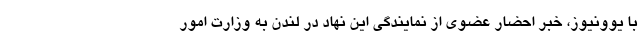
با یوونیوز، خبر احضار عضوی از نمایندگی این نهاد در لندن به وزارت امور